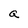
Character: a